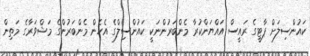
ކައުންސިލަށް ޕާޓީގެ ރައީސް އައްޔަންކުރާ މެންބަރުންނަކީ ކައުންސިލްގެ އެހެން މެންބަރުންގެ މަޝްވަރާގެ މަތިން